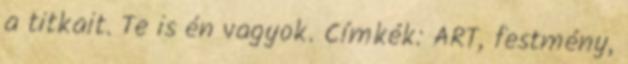
a titkait. Te is én vagyok. Címkék: ART, festmény,